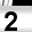
Digit: 2